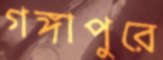
গঙ্গাপুরে